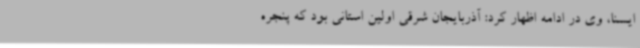
ایسنا، وی در ادامه اظهار کرد: آذربایجان شرقی اولین استانی بود که پنجره